Indian journal of veterinary science and animal husbandry - Volumes 28-29, 1958-1959
Year: 1958
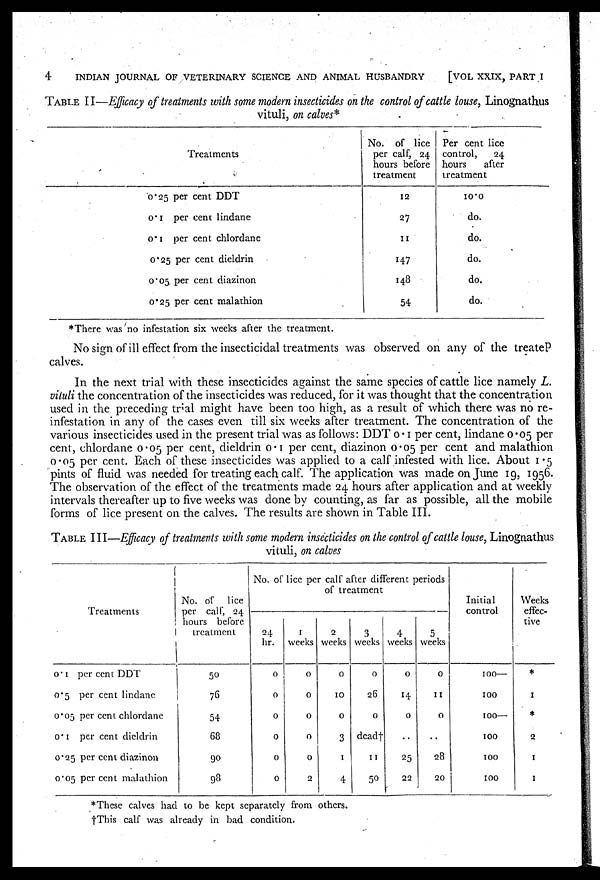
4
INDIAN JOURNAL OF VETERINARY SCIENCE AND ANIMAL HUSBANDRY
[VOL XXIX, PART I
TABLE II—Efficacy of treatments with some modern insecticides on the control of cattle louse, Linognathus
vituli, on calves*
Treatments
0.25 per cent DDT
0.1 per cent lindane
0.1 per cent chlordane
0.25 per cent dieldrin
0.05 per cent diazinon
0.25 per cent malathion
No. of lice
per calf, 24
hours before
treatment
12
27
11
147
148
54
Per cent lice
control,
24
hours
after
treatment
10.0
do.
do.
do.
do.
do.
*There was no infestation six weeks after the treatment.
No sign of ill effect from the insecticidal treatments was observed on any of the treateP
calves.
In the next trial with these insecticides against the same species of cattle lice namely L.
vituli the concentration of the insecticides was reduced, for it was thought that the concentration
used in the preceding trial might have been too high, as a result of which there was no re-
infestation in any of the cases even till six weeks after treatment. The concentration of the
various insecticides used in the present trial was as follows: DDT 0.1 per cent, lindane 0.05 per
cent, chlordane 0.05 per cent, dieldrin 0.1 per cent, diazinon 0.05 per cent and malathion
0.05 per cent. Each of these insecticides was applied to a calf infested with lice. About 1.5
pints of fluid was needed for treating each calf. The application was made on June 19, 1956.
The observation of the effect of the treatments made 24 hours after application and at weekly
intervals thereafter up to five weeks was done by counting, as far as possible, all the mobile
forms of lice present on the calves. The results are shown in Table III.
TABLE III—Efficacy of treatments with some modern insecticides on the control of cattle louse, Linognathus
vituli, on calves
Treatments
0.1 per cent DDT
0.5 per cent lindane
0.05 per cent chlordane
0.1 per cent dieldrin
0.25 per cent diazinon
0.05 per cent malathion
No. of lice
per calf, 24
hours before
treatment
50
76
54
68
90
98
No. of lice per calf after different periods
of treatment
24
hr.
0
0
0
0
0
0
1
weeks
0
0
0
0
0
2
2
weeks
0
10
0
3
1
4
3
weeks
0
26
0
dead†
11
50
4
weeks
0
14
0
..
25
22
5
weeks
0
11
0
..
28
20
Initial
control
100—
100
100—
100
100
100
Weeks
effec-
tive
*
1
*
2
1
1
* These calves had to be kept separately from others.
† This calf was already in bad condition.